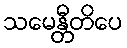
သမေန္တီတိပေ